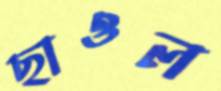
ছাওল